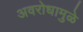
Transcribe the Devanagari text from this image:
अवरोधामुळे